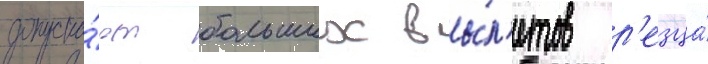
допуска́ют больших вы́л'етов р'езца́